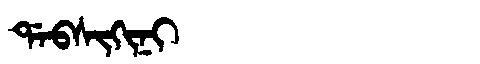
Manchu: ᡩᠠᠪᠰᡳᡴᡳᠨᡳ
Romanization: DABSIKINI